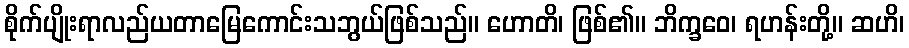
စိုက်ပျိုးရာလည်ယတာမြေကောင်းသဘွယ်ဖြစ်သည်။ ဟောတိ၊ ဖြစ်၏။ ဘိက္ခဝေ၊ ရဟန်းတို့။ ဆဟိ၊